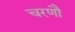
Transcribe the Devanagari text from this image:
चरणौ